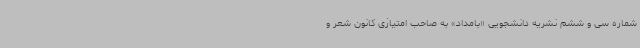
شماره سی و ششم نشریه دانشجویی «بامداد» به صاحب امتیازی کانون شعر و